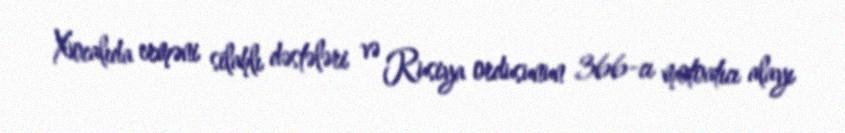
Xocalıda erməni silahlı dəstələri və Rusiya ordusunun 366-cı motoatıcı alayı